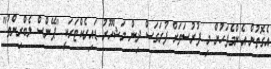
އެގޮތުން އެންމެފަހުން މި ފުރުސަތަށް ފުރަގަސް ދިން މަޝްހޫރު ޑައިރެކްޓަރަކީ "ޕޭންސް ލެބްރިންތު"